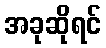
အခုဆိုရင်